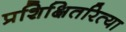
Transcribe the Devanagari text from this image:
प्रशिक्षितरित्या